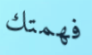
فهمتك